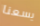
يسعنا